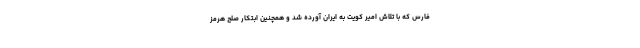
فارس که با تلاش امیر کویت به ایران آورده شد و همچنین ابتکار صلح هرمز